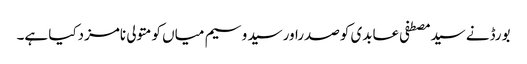
بورڈنے سیدمصطفی عابدی کوصدراورسید وسیم میاں کومتولی نامزدکیا ہے۔